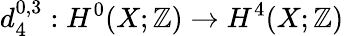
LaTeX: d_{4}^{0,3}:H^{0}(X;\mathbb{Z})\to H^{4}(X;\mathbb{Z})